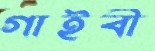
গাইবী